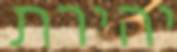
יהירת